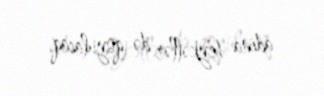
adına heykəllər də qoyulacaq.